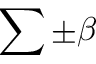
\sum \pm \beta